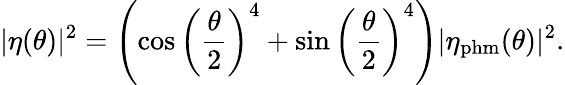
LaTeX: |\eta(\theta)|^{2}=\left(\cos\left(\frac{\theta}{2}\right)^{4}+\sin\left(\frac{\theta}{2}\right)^{4}\right)|\eta_{\mathrm{phm}}(\theta)|^{2}.